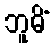
ဘူမိံ